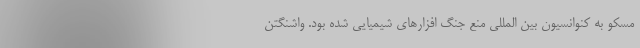
مسکو به کنوانسیون بین المللی منع جنگ افزارهای شیمیایی شده بود. واشنگتن